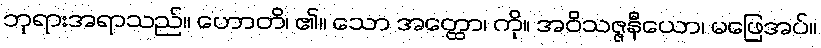
ဘုရားအရာသည်။ ဟောတိ၊ ၏။ သော အတ္ထော၊ ကို။ အဝိသဇ္ဇနီယော၊ မဖြေအပ်။